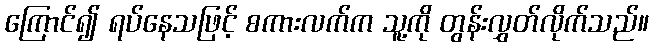
ကြောင်၍ ရပ်နေသဖြင့် စကားလက်က သူ့ကို တွန်းလွှတ်လိုက်သည်။